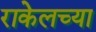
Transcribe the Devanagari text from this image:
राकेलच्या